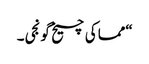
“مما کی چیخ گونجی۔